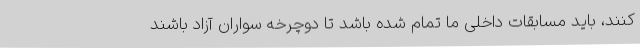
کنند، باید مسابقات داخلی ما تمام شده باشد تا دوچرخه سواران آزاد باشند